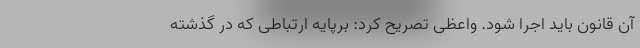
‌آن قانون باید اجرا شود. واعظی تصریح کرد: برپایه ارتباطی که در گذشته